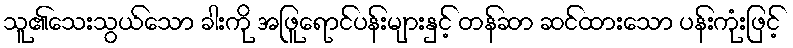
သူ၏သေးသွယ်သော ခါးကို အဖြူရောင်ပန်းများနှင့် တန်ဆာ ဆင်ထားသော ပန်းကုံးဖြင့်